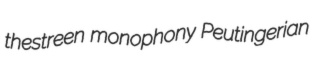
thestreen monophony Peutingerian